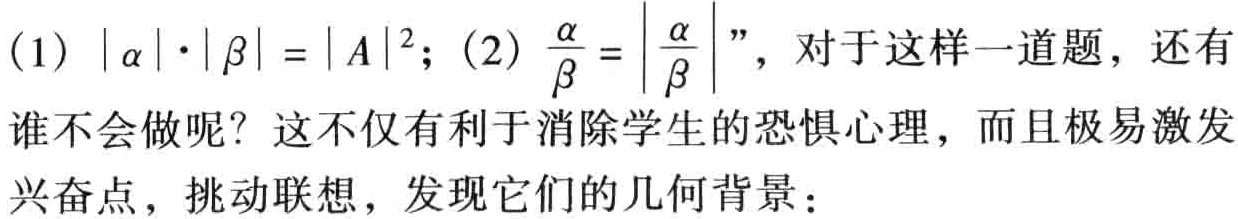
(1) \(|\alpha|\cdot|\beta| = |A|^{2}\); (2) \(\frac{\alpha}{\beta}=\left|\frac{\alpha}{\beta}\right|\)